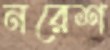
নরেশ